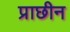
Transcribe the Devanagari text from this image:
प्राछीन